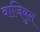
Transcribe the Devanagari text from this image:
वाजिबुल